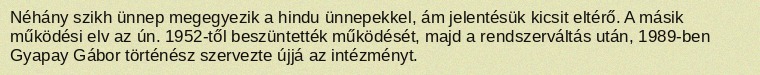
Néhány szikh ünnep megegyezik a hindu ünnepekkel, ám jelentésük kicsit eltérő. A másik működési elv az ún. 1952-től beszüntették működését, majd a rendszerváltás után, 1989-ben Gyapay Gábor történész szervezte újjá az intézményt.